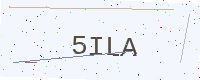
Text: 5ILA